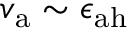
v _ { \mathrm { a } } \sim \epsilon _ { \mathrm { a h } }